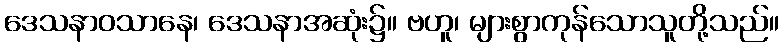
ဒေသနာဝသာနေ၊ ဒေသနာအဆုံး၌။ ဗဟူ၊ များစွာကုန်သောသူတို့သည်။